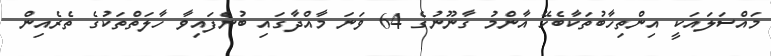
މައްސަލައަކީ އިންތިހާބުތަކާބެހޭ އާންމު ގާނޫނުގެ 64 ވަނަ މާއްދާގައި ބުނެފައިވާ ހާލަތްތަކުގެ ތެރެއިން